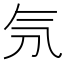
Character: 𣱕